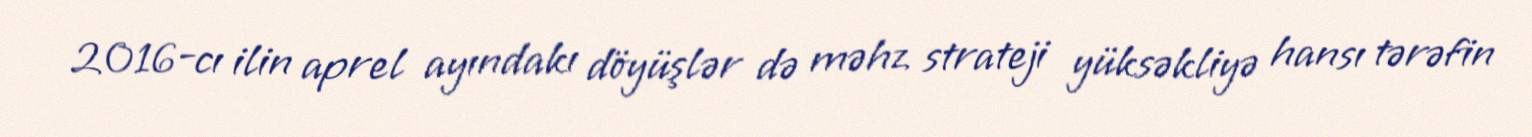
2016-cı ilin aprel ayındakı döyüşlər də məhz strateji yüksəkliyə hansı tərəfin